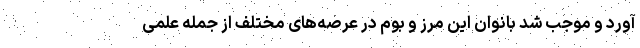
آورد و موجب شد بانوان این مرز و بوم در عرصه‌های مختلف از جمله علمی